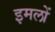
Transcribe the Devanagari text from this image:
इमलों